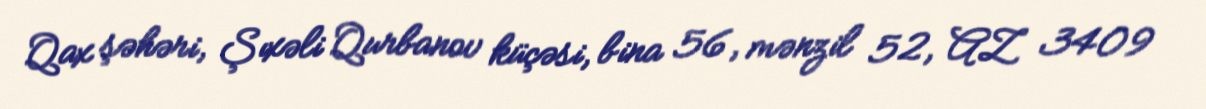
Qax şəhəri, Şıxəli Qurbanov küçəsi, bina 56, mənzil 52, AZ 3409